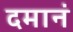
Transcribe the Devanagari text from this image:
दमानं